Annual statistical returns and brief notes on vaccination in Bengal - 1909-1929
Year: 1909
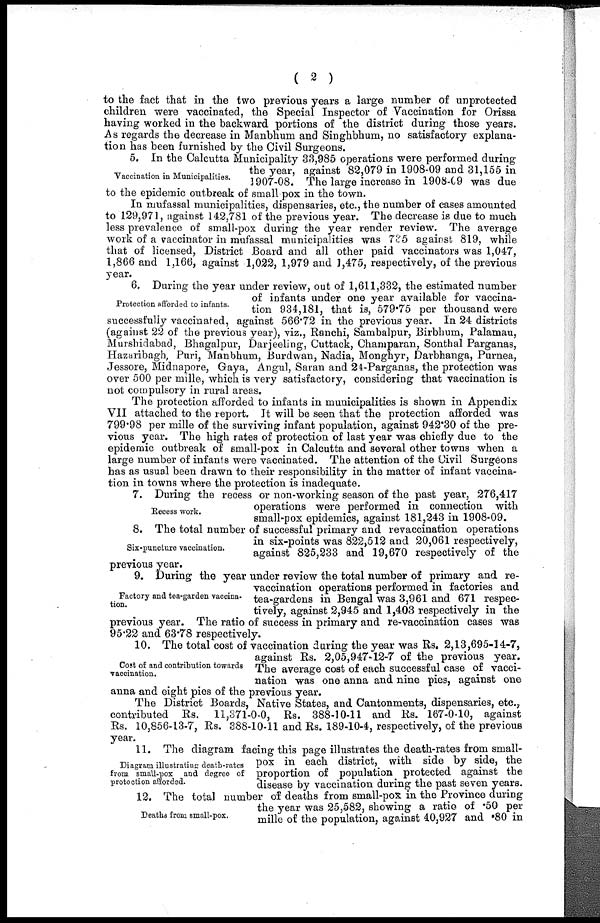
( 2 )
to the fact that in the two previous years a large number of unprotected
children were vaccinated, the Special Inspector of Vaccination for Orissa
having worked in the backward portions of the district during those years.
As regards the decrease in Manbnum and Singhbhum, no satisfactory explana-
tion has been furnished by the Civil Surgeons.
Vaccination in Municipalities.
5. In the Calcutta Municipality 33,985 operations were performed during
the year, against 82,079 in 1908-09 and 31,155 in
1907-08. The large increase in 1908-09 was due
to the epidemic outbreak of small pox in the town.
In mufassal municipalities, dispensaries, etc., the number of cases amounted
to 129,971, against 142,781 of the previous year. The decrease is due to much
less prevalence of small-pox during the year render review. The average
work of a vaccinator in mufassal municipalities was 735 against 819, while
that of licensed, District Board and all other paid vaccinators was 1,047,
1,866 and 1,166, against 1,022, 1,979 and 1,475, respectively, of the previous
year.
Protection afforded to infants.
6. During the year under review, out of 1,611,332, the estimated number
of infants under one year available for vaccina-
tion 934,181, that is, 579.75 per thousand were
successfully vaccinated, against 566.72 in the previous year. In 24 districts
(against 22 of the previous year), viz., Ranchi, Sambalpur, Birbhum, Palamau,
Murshidabad, Bhagalpur, Darjeeling, Cuttack, Champaran, Sonthal Parganas,
Hazaribagh, Puri, Manbhum, Burdwan, Nadia, Monghyr, Darbhanga, Purnea,
Jessore, Midnapore, Gaya, Angul, Saran and 24-Parganas, the protection was
over 500 per mille, which is very satisfactory, considering that vaccination is
not compulsory in rural areas.
The protection afforded to infants in municipalities is shown in Appendix
VII attached to the report. It will be seen that the protection afforded was
799.98 per mille of the surviving infant population, against 942.30 of the pre-
vious year. The high rates of protection of last year was chiefly due to the
epidemic outbreak of small-pox in Calcutta and several other towns when a
large number of infants were vaccinated. The attention of the Civil Surgeons
has as usual been drawn to their responsibility in the matter of infant vaccina-
tion in towns where the protection is inadequate.
Recess work.
7. During the recess or non-working season of the past year, 276,417
operations were performed in connection with
small-pox epidemics, against 181,243 in 1908-09.
Six-puncture vaccination.
8. The total number of successful primary and revaccination operations
in six-points was 822,512 and 20,061 respectively,
against 825,233 and 19,670 respectively of the
previous year.
Factory and tea-garden vaccina-
tion.
9. During the year under review the total number of primary and re-
vaccination operations performed in factories and
tea-gardens in Bengal was 3,961 and 671 respec-
tively, against 2,945 and 1,403 respectively in the
previous year. The ratio of success in primary and re-vaccination cases was
95.22 and 63.78 respectively.
Cost of and contribution towards
vaccination.
10. The total cost of vaccination during the year was Rs. 2,13,695-14-7,
against Rs. 2,05,947-12-7 of the previous year.
The average cost of each successful case of vacci-
nation was one anna and nine pies, against one
anna and eight pies of the previous year.
The District Boards, Native States, and Cantonments, dispensaries, etc.,
contributed Rs. 11,371-0-0, Rs. 388-10-11 and Rs. 167-0-10, against
Rs. 10,856-13-7, Rs. 388-10-11 and Rs. 189-10-4, respectively, of the previous
year.
Diagram illustrating death-rates
from small-pox and degree of
protection afforded.
11. The diagram facing this page illustrates the death-rates from small-
pox in each district, with side by side, the
proportion of population protected against the
disease by vaccination during: the past seven years.
Deaths from small-pox.
12. The total number of deaths from small-pox in the Province during
the year was 25,582, showing a ratio of .50 per
mille of the population, against 40,927 and .80 in